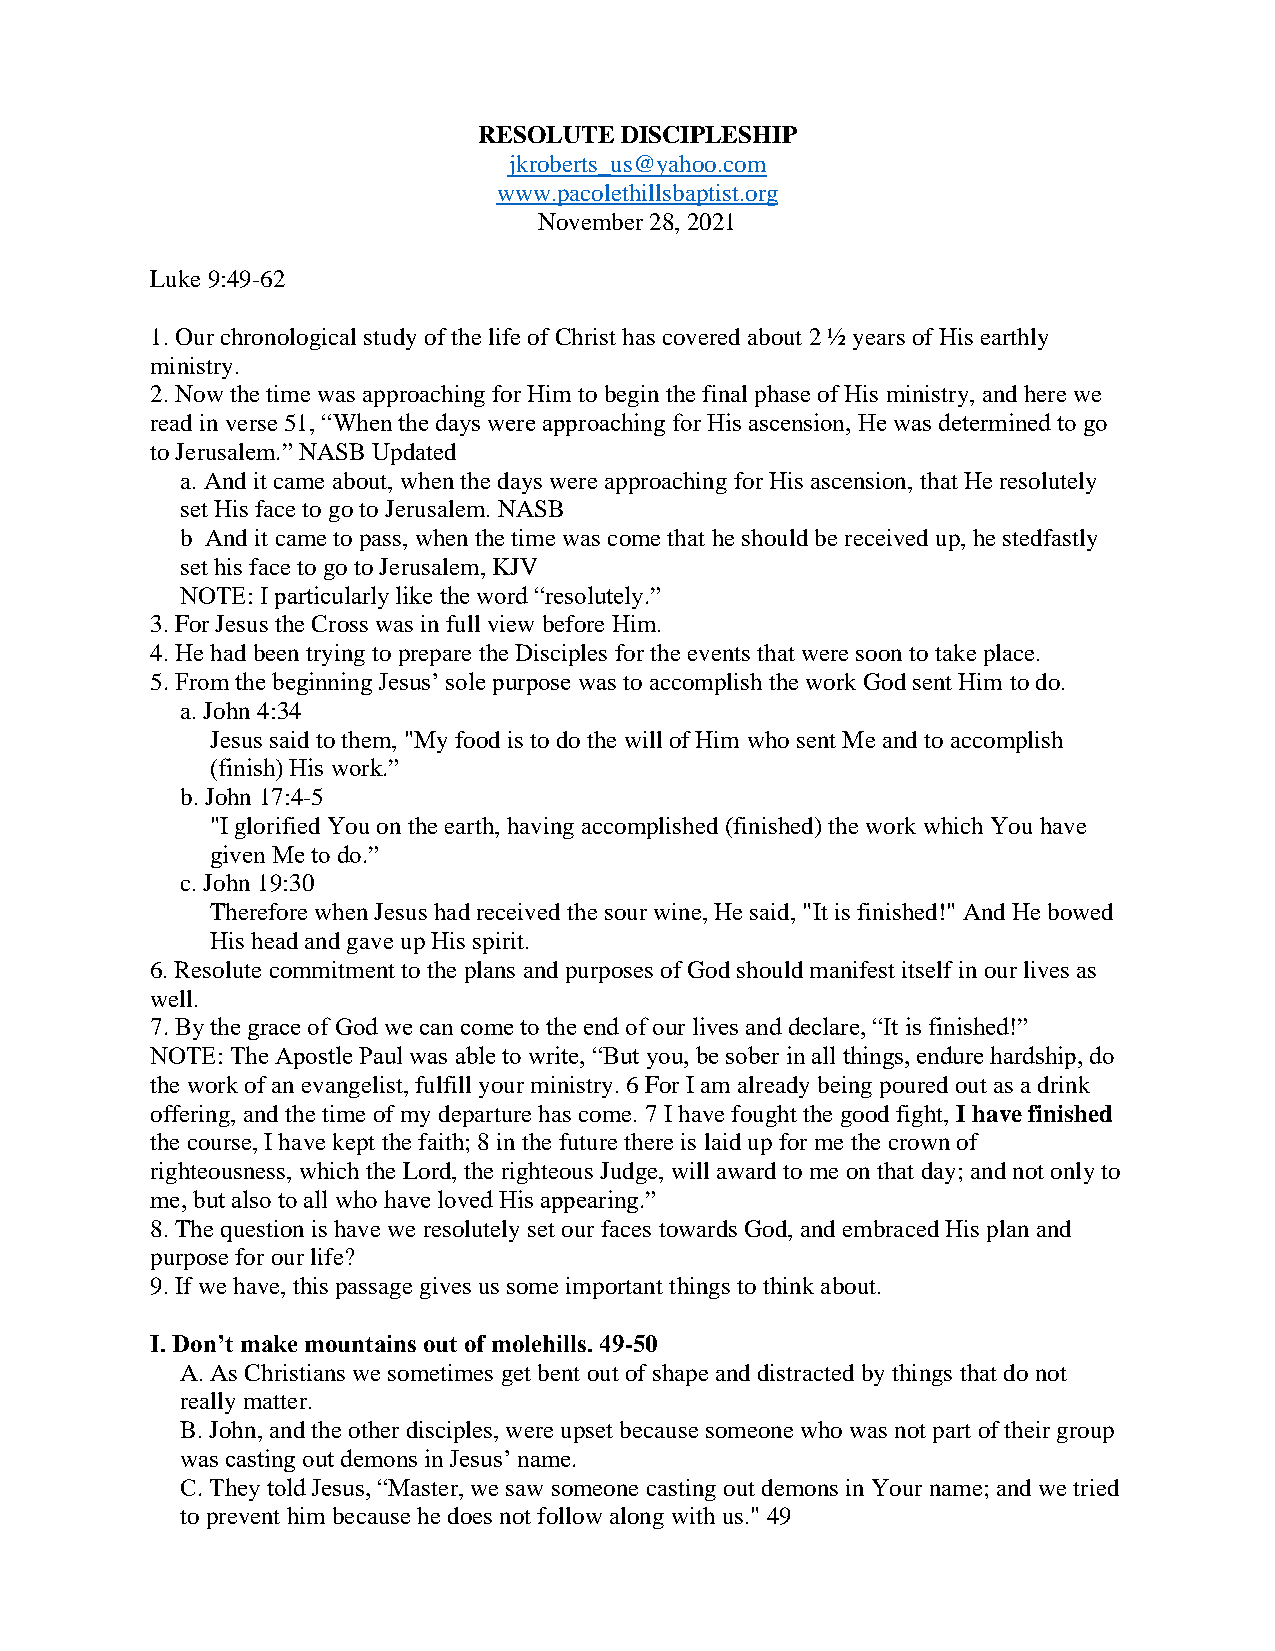
RESOLUTE DISCIPLESHIP
 jkroberts_us@yahoo.com
 www.pacolethillsbaptist.org
 November 28, 2021
 Luke 9:49-62
 1. Our chronological study of the life of Christ has covered about 2 ½ years of His earthly
 ministry.
 2. Now the time was approaching for Him to begin the final phase of His ministry, and here we
 read in verse 51, “When the days were approaching for His ascension, He was determined to go
 to Jerusalem.” NASB Updated
 a. And it came about, when the days were approaching for His ascension, that He resolutely
 set His face to go to Jerusalem. NASB
 b And it came to pass, when the time was come that he should be received up, he stedfastly
 set his face to go to Jerusalem, KJV
 NOTE: I particularly like the word “resolutely.”
 3. For Jesus the Cross was in full view before Him.
 4. He had been trying to prepare the Disciples for the events that were soon to take place.
 5. From the beginning Jesus’ sole purpose was to accomplish the work God sent Him to do.
 a. John 4:34
 Jesus said to them, "My food is to do the will of Him who sent Me and to accomplish
 (finish) His work.”
 b. John 17:4-5
 "I glorified You on the earth, having accomplished (finished) the work which You have
 given Me to do.”
 c. John 19:30
 Therefore when Jesus had received the sour wine, He said, "It is finished!" And He bowed
 His head and gave up His spirit.
 6. Resolute commitment to the plans and purposes of God should manifest itself in our lives as
 well.
 7. By the grace of God we can come to the end of our lives and declare, “It is finished!”
 NOTE: The Apostle Paul was able to write, “But you, be sober in all things, endure hardship, do
 the work of an evangelist, fulfill your ministry. 6 For I am already being poured out as a drink
 offering, and the time of my departure has come. 7 I have fought the good fight, I have finished
 the course, I have kept the faith; 8 in the future there is laid up for me the crown of
 righteousness, which the Lord, the righteous Judge, will award to me on that day; and not only to
 me, but also to all who have loved His appearing.”
 8. The question is have we resolutely set our faces towards God, and embraced His plan and
 purpose for our life?
 9. If we have, this passage gives us some important things to think about.
 I. Don’t make mountains out of molehills. 49-50
 A. As Christians we sometimes get bent out of shape and distracted by things that do not
 really matter.
 B. John, and the other disciples, were upset because someone who was not part of their group
 was casting out demons in Jesus’ name.
 C. They told Jesus, “Master, we saw someone casting out demons in Your name; and we tried
 to prevent him because he does not follow along with us." 49